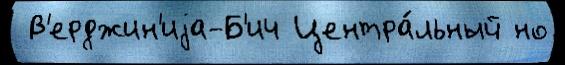
 В'ерджин'иjа-Б'ич Центра́льный но